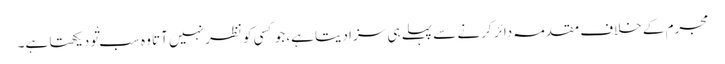
مجرم کے خلاف مقدمہ دائر کرنے سے پہلے ہی سزا دیتا ہے، جو کسی کو نظر نہیں آتا وہ سب تْو دیکھتا ہے۔